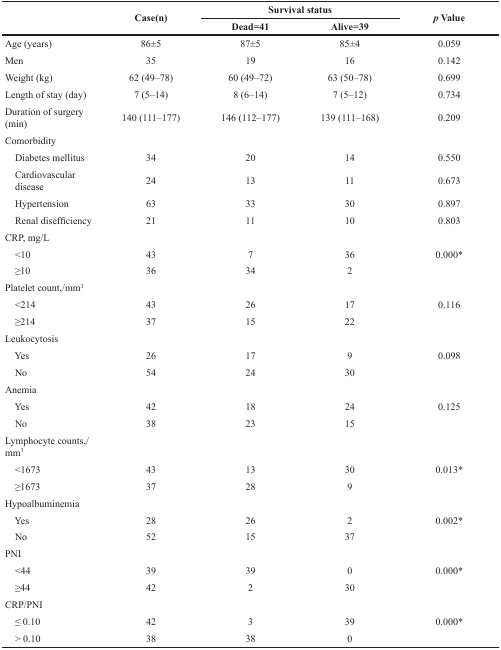
<table><thead><tr><td rowspan="2"></td><td rowspan="2"><b>Case(n)</b></td><td colspan="2"><b>Survival status</b></td><td rowspan="2"><b><i>p</i> Value</b></td></tr><tr><td><b>Dead=41</b></td><td><b>Alive=39</b></td></tr></thead><tbody><tr><td>Age (years)</td><td>86±5</td><td>87±5</td><td>85±4</td><td>0.059</td></tr><tr><td>Men</td><td>35</td><td>19</td><td>16</td><td>0.142</td></tr><tr><td>Weight (kg)</td><td>62 (49–78)</td><td>60 (49–72)</td><td>63 (50–78)</td><td>0.699</td></tr><tr><td>Length of stay (day)</td><td>7 (5–14)</td><td>8 (6–14)</td><td>7 (5–12)</td><td>0.734</td></tr><tr><td>Duration of surgery (min)</td><td>140 (111–177)</td><td>146 (112–177)</td><td>139 (111–168)</td><td>0.209</td></tr><tr><td>Comorbidity</td><td></td><td></td><td></td><td></td></tr><tr><td> Diabetes mellitus</td><td>34</td><td>20</td><td>14</td><td>0.550</td></tr><tr><td> Cardiovascular disease</td><td>24</td><td>13</td><td>11</td><td>0.673</td></tr><tr><td> Hypertension</td><td>63</td><td>33</td><td>30</td><td>0.897</td></tr><tr><td> Renal disefficiency</td><td>21</td><td>11</td><td>10</td><td>0.803</td></tr><tr><td>CRP, mg/L</td><td></td><td></td><td></td><td></td></tr><tr><td> &lt;10</td><td>43</td><td>7</td><td>36</td><td>0.000*</td></tr><tr><td> ≥10</td><td>36</td><td>34</td><td>2</td><td></td></tr><tr><td>Platelet count,/mm3</td><td></td><td></td><td></td><td></td></tr><tr><td> &lt;214</td><td>43</td><td>26</td><td>17</td><td>0.116</td></tr><tr><td> ≥214</td><td>37</td><td>15</td><td>22</td><td></td></tr><tr><td>Leukocytosis</td><td></td><td></td><td></td><td></td></tr><tr><td> Yes</td><td>26</td><td>17</td><td>9</td><td>0.098</td></tr><tr><td> No</td><td>54</td><td>24</td><td>30</td><td></td></tr><tr><td>Anemia</td><td></td><td></td><td></td><td></td></tr><tr><td> Yes</td><td>42</td><td>18</td><td>24</td><td>0.125</td></tr><tr><td> No</td><td>38</td><td>23</td><td>15</td><td></td></tr><tr><td>Lymphocyte counts,/mm3</td><td></td><td></td><td></td><td></td></tr><tr><td> &lt;1673</td><td>43</td><td>13</td><td>30</td><td>0.013*</td></tr><tr><td> ≥1673</td><td>37</td><td>28</td><td>9</td><td></td></tr><tr><td>Hypoalbuminemia</td><td></td><td></td><td></td><td></td></tr><tr><td> Yes</td><td>28</td><td>26</td><td>2</td><td>0.002*</td></tr><tr><td> No</td><td>52</td><td>15</td><td>37</td><td></td></tr><tr><td>PNI</td><td></td><td></td><td></td><td></td></tr><tr><td> &lt;44</td><td>39</td><td>39</td><td>0</td><td>0.000*</td></tr><tr><td> ≥44</td><td>42</td><td>2</td><td>30</td><td></td></tr><tr><td>CRP/PNI</td><td></td><td></td><td></td><td></td></tr><tr><td> ≤ 0.10</td><td>42</td><td>3</td><td>39</td><td>0.000*</td></tr><tr><td> &gt; 0.10</td><td>38</td><td>38</td><td>0</td><td></td></tr></tbody></table>